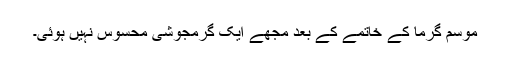
موسم گرما کے خاتمے کے بعد مجھے ایک گرمجوشی محسوس نہیں ہوئی۔